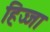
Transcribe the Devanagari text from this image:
हिज्जा